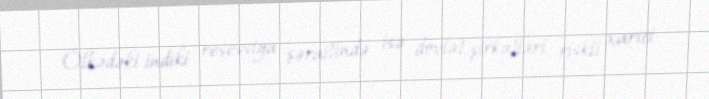
Ölkədəki indiki resessiya şəraitində isə dövlət şirkətləri riskli xarici